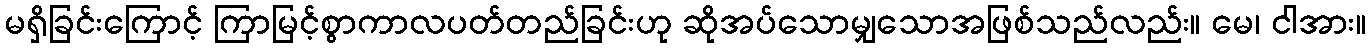
မရှိခြင်းကြောင့် ကြာမြင့်စွာကာလပတ်တည်ခြင်းဟု ဆိုအပ်သောမျှသောအဖြစ်သည်လည်း။ မေ၊ ငါအား။